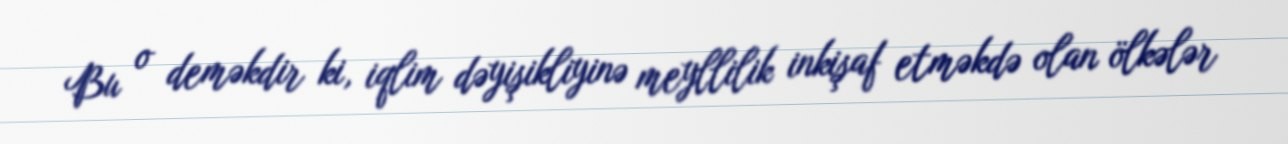
Bu o deməkdir ki, iqlim dəyişikliyinə meyllilik inkişaf etməkdə olan ölkələr